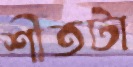
শীতটা